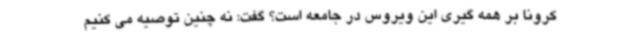
کرونا بر همه گیری این ویروس در جامعه است؟ گفت: نه چنین توصیه می کنیم